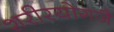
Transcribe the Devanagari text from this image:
शरीरयोगजै